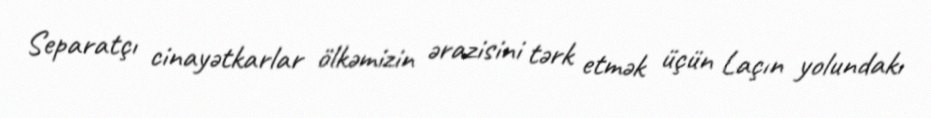
Separatçı cinayətkarlar ölkəmizin ərazisini tərk etmək üçün Laçın yolundakı